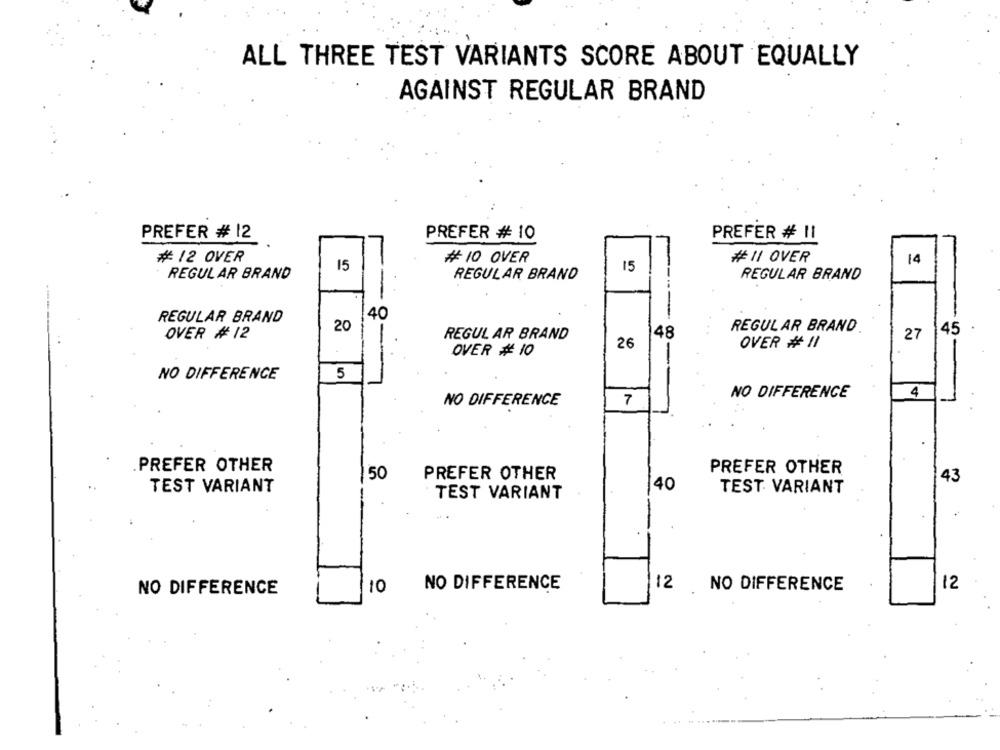
ALL THREE TEST VARIANTS SCORE ABOUT EQUALLY
AGAINST REGULAR BRAND
PREFER # 12
PREFER # 10
PREFER # 11
¥12 OVER
# 10 OVER
#11 OVER
14
15
15
REGULAR BRAND
REGULAR BRAND
REGULAR BRAND
40
REGULAR BRAND
20
REGULAR BRAND
45
OVER # 12
REGULAR BRAND
48
27
26
OVER # 11
OVER # 10
NO DIFFERENCE
5
NO DIFFERENCE
4
NO DIFFERENCE
7
PREFER OTHER
PREFER OTHER
50
PREFER OTHER
43
40
TEST VARIANT
TEST VARIANT
TEST. VARIANT
12
12
NO DIFFERENCE
10
NO DIFFERENCE
NO DIFFERENCE